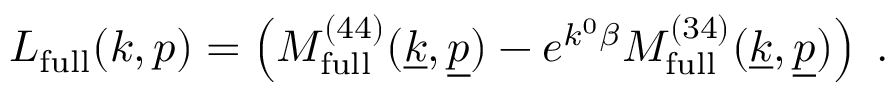
L _ { \mathrm { f u l l } } ( k , p ) = \left( { \cal M } _ { \mathrm { \scriptsize { f u l l } } } ^ { ( 4 4 ) } ( \underline { { { k } } } , \underline { { { p } } } ) - e ^ { k ^ { 0 } \beta } { \cal M } _ { \mathrm { \scriptsize { f u l l } } } ^ { ( 3 4 ) } ( \underline { { { k } } } , \underline { { { p } } } ) \right) \; .